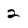
Character: 2